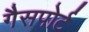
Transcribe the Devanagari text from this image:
गैसपोर्ट